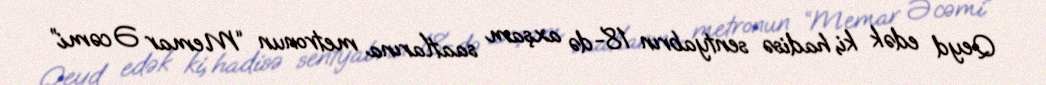
Qeyd edək ki, hadisə sentyabrın 18-də axşam saatlarına metronun “Memar Əcəmi”